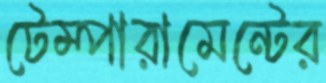
টেম্পারামেন্টের